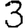
Digit: 3